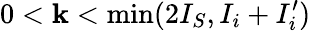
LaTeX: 0<\mathbf{k}<{\textrm{{min}}}(2I_{S},I_{i}+I_{i}^{\prime})